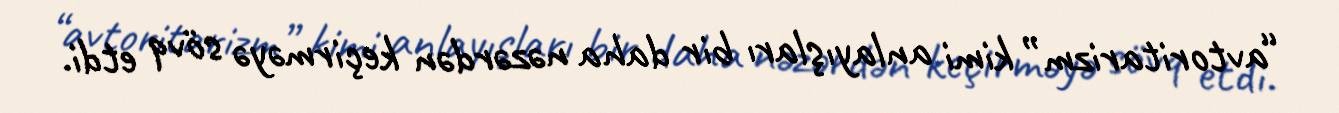
“avtoritarizm” kimi anlayışları bir daha nəzərdən keçirməyə sövq etdi.